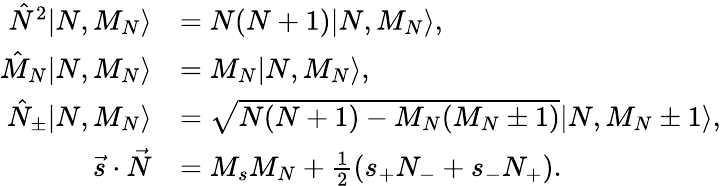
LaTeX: \begin{array}{rl}{\hat{N}^{2}|N,M_{N}\rangle}&{=N(N+1)|N,M_{N}\rangle,}\\ {\hat{M}_{N}|N,M_{N}\rangle}&{=M_{N}|N,M_{N}\rangle,}\\ {\hat{N}_{\pm}|N,M_{N}\rangle}&{=\sqrt{N(N+1)-M_{N}(M_{N}\pm 1)}|N,M_{N}\pm 1\rangle,}\\ {\vec{s}\cdot\vec{N}}&{=M_{s}M_{N}+\frac{1}{2}(s_{+}N_{-}+s_{-}N_{+}).}\end{array}